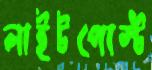
লাইটপোস্ট